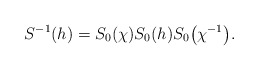
\begin{gather*}S^{-1}(h)=S_0(\chi)S_0(h)S_0\big(\chi^{-1}\big).\end{gather*}